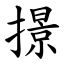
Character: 撔